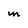
Character: M